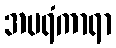
အပရံကာရာ